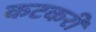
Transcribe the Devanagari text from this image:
कटकरी